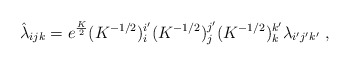
\begin{align*}\hat \lambda_{ijk} = e^{K \over 2} (K^{-1/2})^{i'}_i (K^{-1/2})^{j'}_j(K^{-1/2})^{k'}_k \lambda_{i'j'k'} \ ,\end{align*}